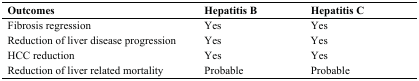
<table><thead><tr><td><b>Outcomes</b></td><td><b>Hepatitis B</b></td><td><b>Hepatitis C</b></td></tr></thead><tbody><tr><td>Fibrosis regression</td><td>Yes</td><td>Yes</td></tr><tr><td>Reduction of liver disease progression</td><td>Yes</td><td>Yes</td></tr><tr><td>HCC reduction</td><td>Yes</td><td>Yes</td></tr><tr><td>Reduction of liver related mortality</td><td>Probable</td><td>Probable</td></tr></tbody></table>